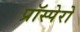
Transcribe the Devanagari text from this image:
प्रॉस्पेरो